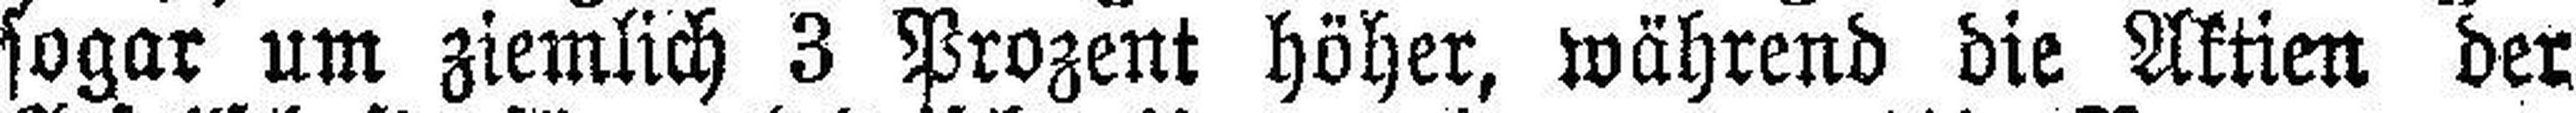
sogar um ziemlich 3 Prozent höher, während die Aktien der